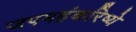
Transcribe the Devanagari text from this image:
जपमहंकरिष्ये